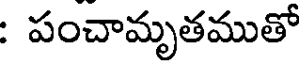
: పంచామృతముతో